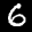
Label: 6